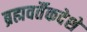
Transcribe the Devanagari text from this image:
ब्रह्मवर्तैकदेशे